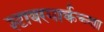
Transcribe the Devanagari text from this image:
श्टायरमार्कच्या